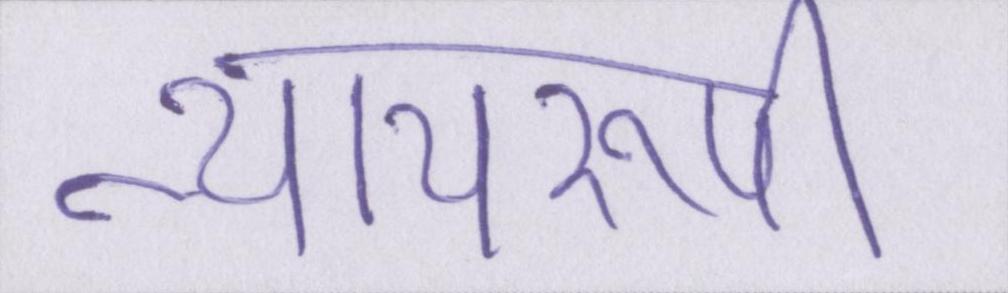
न्यायरूपी